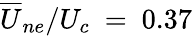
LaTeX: {\overline{{U}}}_{ne}/U_{c}~=~0.37